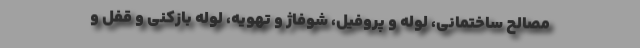
مصالح ساختمانی، لوله و پروفیل، شوفاژ و تهویه، لوله بازکنی و قفل و